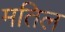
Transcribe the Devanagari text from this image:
मतिल